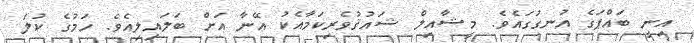
އިނީ ބައްޕަގެ އުނގުގައެވެ. މީޝާއިލް ޝައުޤުވެރިކަމާއެކު އޭނާ އަށް ބަލައިލިއެވެ. ހަމުގެ ކުލަ